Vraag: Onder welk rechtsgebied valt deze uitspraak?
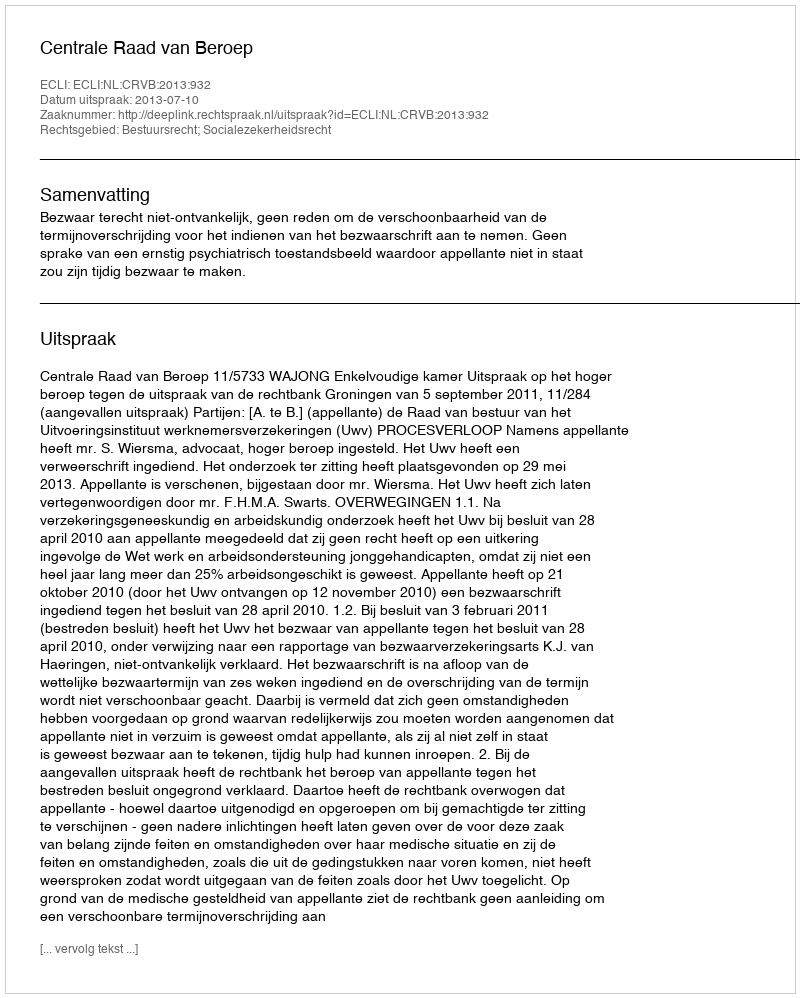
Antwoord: Bestuursrecht; Socialezekerheidsrecht